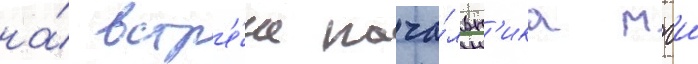
на́ встр'е́че нача́льн'ика мгш